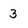
Character: 3